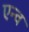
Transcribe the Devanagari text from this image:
एन्व